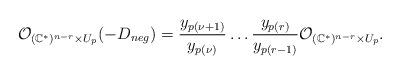
LaTeX: \begin{align*}\mathcal O_{(\mathbb C^*)^{n-r}\times U_p}(-D_{neg})=\frac{y_{p(\nu+1)}}{y_{p(\nu)}} \dots \frac{y_{p(r)}}{y_{p(r-1)}} \mathcal O_{(\mathbb C^*)^{n-r}\times U_p}.\end{align*}